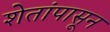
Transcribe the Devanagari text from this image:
शेतांपासून